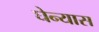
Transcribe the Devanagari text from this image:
घेन्यास